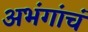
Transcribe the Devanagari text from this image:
अभंगांचं